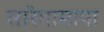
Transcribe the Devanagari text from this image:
सारेगामापा